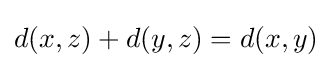
d(x,z)+d(y,z)=d(x,y)